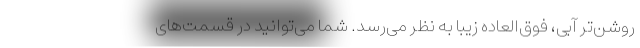
روشن‌تر آبی، فوق‌العاده زیبا به نظر می‌رسد. شما می‌توانید در قسمت‌های